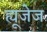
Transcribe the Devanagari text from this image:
ह्यूजेज